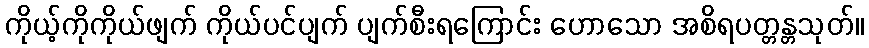
ကိုယ့်ကိုကိုယ်ဖျက် ကိုယ်ပင်ပျက် ပျက်စီးရကြောင်း ဟောသော အစိရပတ္တန္တသုတ်။